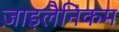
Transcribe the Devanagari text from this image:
ज़ाइलैनिकम